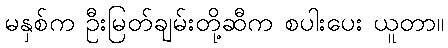
မနှစ်က ဦးမြတ်ချမ်းတို့ဆီက စပါးပေး ယူတာ။